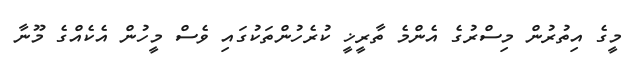
މީގެ އިތުރުން މިސްރުގެ އެންމެ ތާރީޚީ ކުރެހުންތަކުގައި ވެސް މީހުން އެކެއްގެ މޫނާ